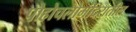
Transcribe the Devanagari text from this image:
पोहोचलोमंदिरातील